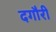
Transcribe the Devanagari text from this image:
दगौरी